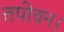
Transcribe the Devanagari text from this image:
तपोवन।